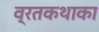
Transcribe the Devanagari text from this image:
व्रतकथाका